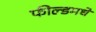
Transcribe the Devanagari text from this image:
फील्डमधे